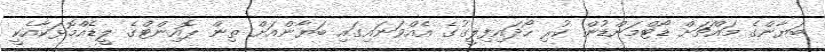
ބަޔާންގެ މައްޗަށް ޑޯޓްމަންޑުން ކުރި ހޯދައިފިލީގުގެ އެއްވަނައިގައި ބަޔާންއަށް ތިން ޕޮއިންޓްގެ ލީޑެއްމޮޅަކާއެކީ